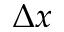
\Delta x